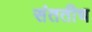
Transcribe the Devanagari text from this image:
संततीच